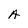
Character: A